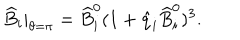
\widehat B _ { i } | _ { \theta = \pi } = { \widehat B } _ { i } ^ { 0 } ( 1 + \hat { q } _ { i } { \widehat B } _ { i } ^ { 0 } ) ^ { 3 } .